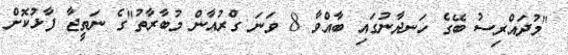
"މުދައްރިސު ބޭގެ ހަނދާނުގައި ބާއްވާ 8 ވަނަ ގްރުއާން މުބާރާތު"ގެ ނަތީޖާ ފާޅުކޮށް